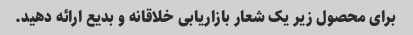
برای محصول زیر یک شعار بازاریابی خلاقانه و بدیع ارائه دهید.